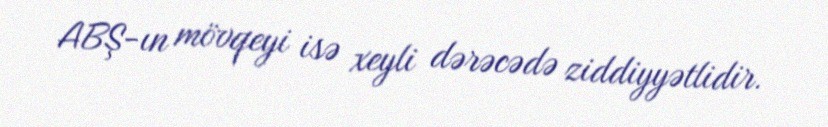
ABŞ-ın mövqeyi isə xeyli dərəcədə ziddiyyətlidir.